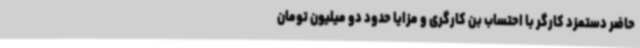
حاضر دستمزد کارگر با احتساب بن کارگری و مزایا حدود دو میلیون تومان